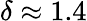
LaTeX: \delta\approx 1.4